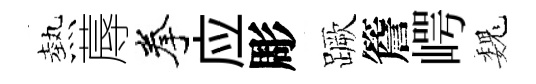
熱蓐拳应彫蹶簷崿巍